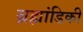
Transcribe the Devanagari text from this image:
ब्रह्मांडिकी